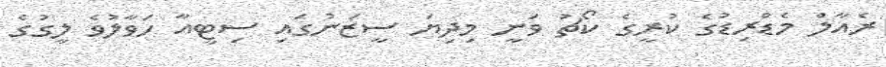
ރެއާލް މެޑްރިޑުގެ ކުރީގެ ކޯޗު ވަނީ މިދިޔަ ސީޒަނުގައި ސިޓީއާ ހަވާލުވެ ލީގުގެ